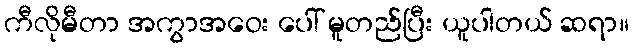
ကီလိုမီတာ အကွာအဝေး ပေါ် မူတည်ပြီး ယူပါတယ် ဆရာ။